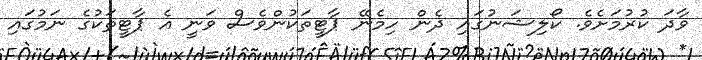
ވާދަ ކުރުމަށެވެ. ކޯލިޝަނުގައި ދެން ހިމެނޭ ޕާޓީތަކުންވެސް ވަނީ އެ ޕާޓީތަކުގެ ނަމުގައި